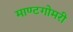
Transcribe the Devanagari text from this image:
माण्टगोमरी